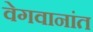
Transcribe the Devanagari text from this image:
वेगवानांत